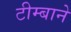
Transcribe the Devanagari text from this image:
टीम्बाने